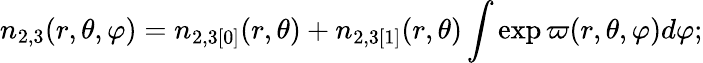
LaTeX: n_{2,3}(r,\theta,\varphi)=n_{2,3[0]}(r,\theta)+n_{2,3[1]}(r,\theta)\int\exp\varpi(r,\theta,\varphi)d\varphi;